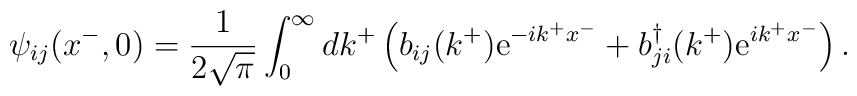
\psi_{ij}(x^{-} ,0) =  \frac{1}{2\sqrt{\pi}} \int_{0}^{\infty} dk^{+}\left (b_{ij}(k^{+}){\rm e}^{-ik^{+}x^{-}} +b_{ji}^{\dag}(k^{+}){\rm e}^{ik^{+}x^{-}}\right ).